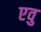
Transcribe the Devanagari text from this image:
एवु